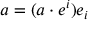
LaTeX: a = ( a \cdot e ^ { i } ) e _ { i }